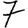
Digit: 7